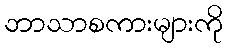
ဘာသာစကားများကို